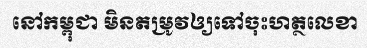
នៅកម្ពុជា មិនតម្រូវឲ្យទៅចុះហត្ថលេខា